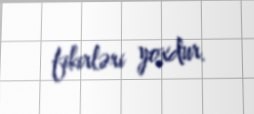
fikirləri yoxdur.